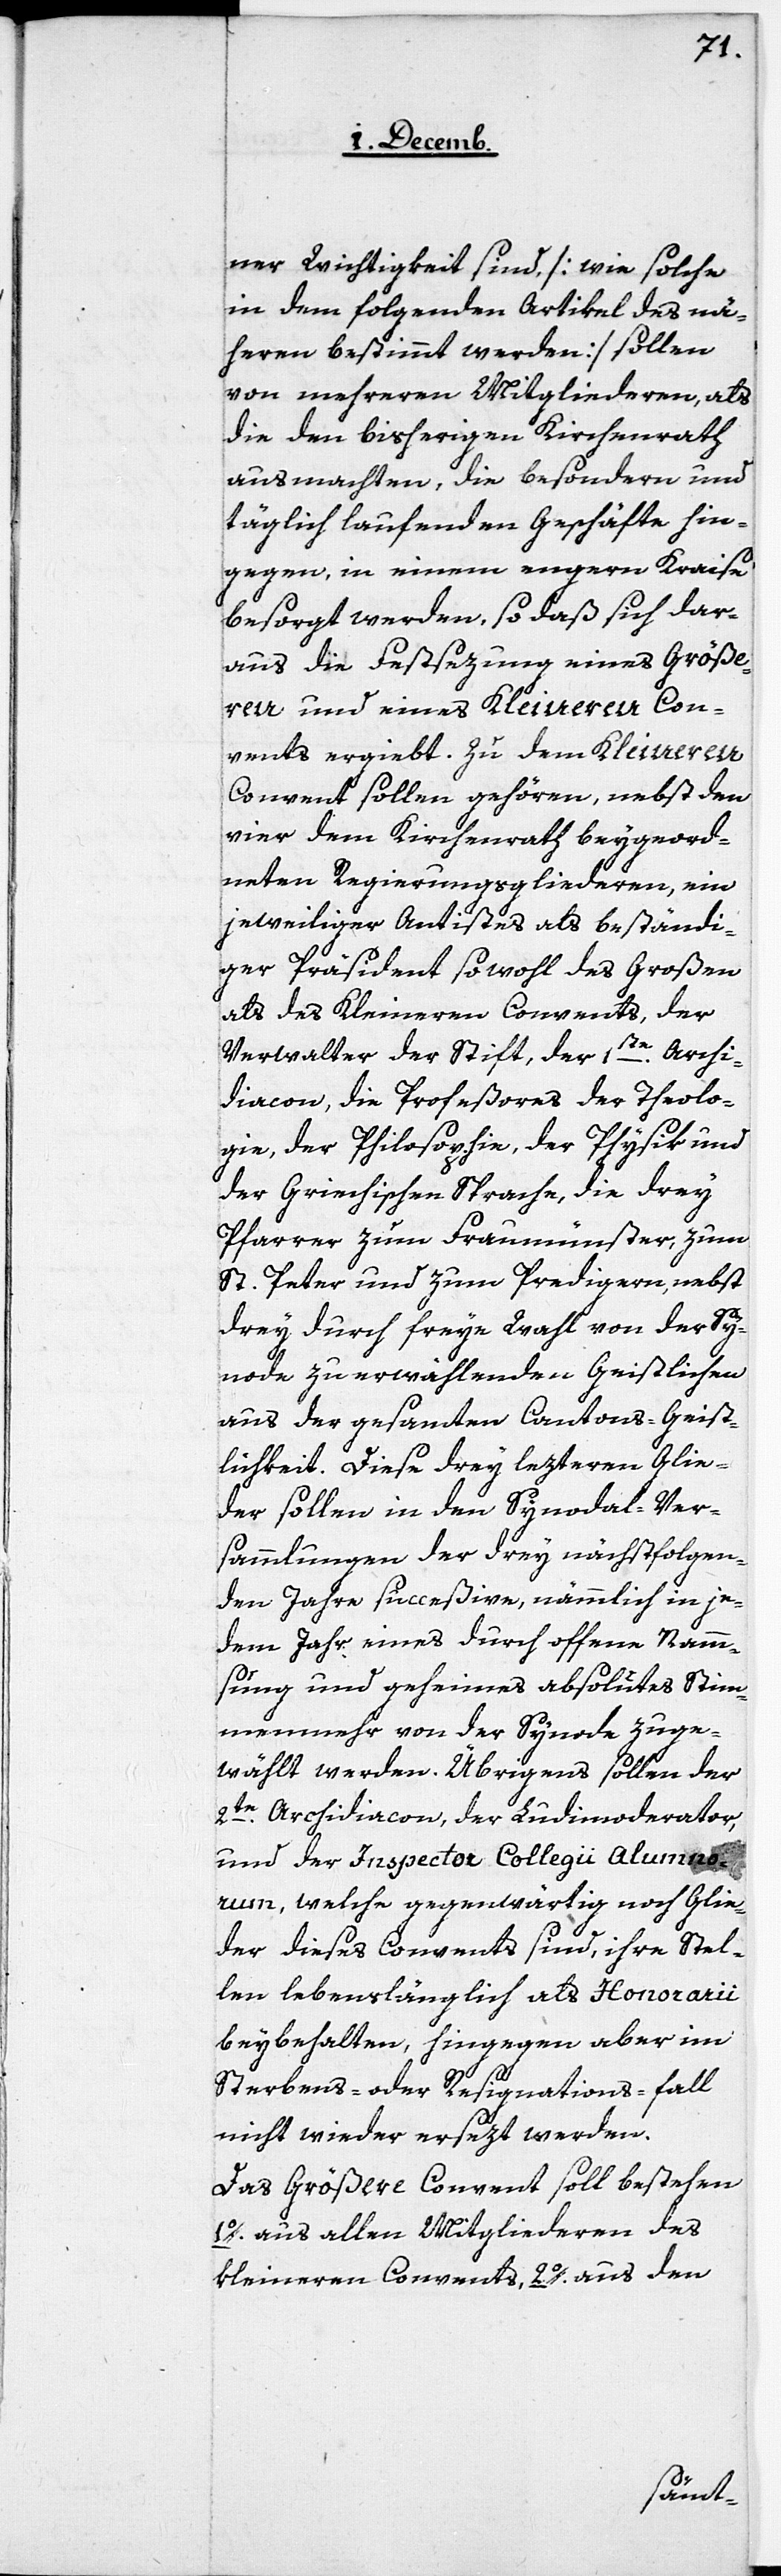
ner Wichtigkeit sind [wie solche
in dem folgenden Artikel des nä¬
heren bestimmt werden] sollen
von mehreren Mitgliederen, als
die den bisherigen Kirchenrath
ausmachten, die besondern und
täglich laufenden Geschäfte hin¬
gegen, in einem engeren Kraise
besorgt werden, so daß sich dar¬
aus die Festsezung eines Größe¬
ren und eines Kleineren Con¬
vents ergiebt. Zu dem Kleineren
Convent sollen gehören, nebst den
vier dem Kirchenrath beygeord¬
neten Regierungsgliederen, ein
jeweiliger Antistes als beständi¬
ger Präsident sowohl des Großen
als des Kleineren Convents, der
Verwalter der Stift, der 1ste. Archi¬
diacon, die Profeßores der Theolo¬
gie, der Philosophie, der Physik und
der Griechischen Sprache, die drey
Pfarrer zum Fraumünster, zum
St. Peter und zum Predigern, nebst
drey durch freye Wahl von der Sy¬
node zu erwählenden Geistlichen
aus der gesamten Cantons-Geist¬
lichkeit. Diese drey lezteren Glie¬
der sollen in den Synodal-Ver¬
sammlungen der drey nächstfolgen¬
den Jahre succeßive, nämmlich in je¬
dem Jahr eines durch offene Namm¬
sung und geheimes absolutes Stim¬
menmehr von der Synode zuge¬
wählt werden. Übrigens sollen der
2te. Archidiacon, der Ludimoderator,
und der Inspector Collegii Alumno¬
rum, welche gegenwärtig noch Glie¬
der dieses Convents sind, ihre Stel¬
len lebenslänglich als Honorarii
beybehalten, hingegen aber im
Sterbens- oder Resignations-fall
nicht wieder ersezt werden.
Das Größere Convent soll bestehen
1. aus allen Mitgliederen des
kleineren Convents, 2. aus den